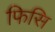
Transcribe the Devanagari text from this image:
फिसि